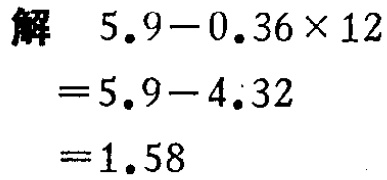
解

\[

\begin{align*}

&5.9 - 0.36\times12\\

=&5.9 - 4.32\\

=&1.58

\end{align*}

\]